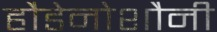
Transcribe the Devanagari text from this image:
हौडेनोशौनी